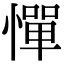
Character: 憚